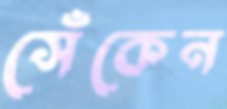
সেঁকেন